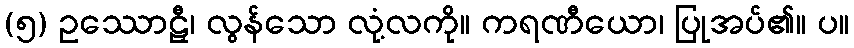
(၅) ဥဿောဠှီ၊ လွန်သော လုံ့လကို။ ကရဏီယော၊ ပြုအပ်၏။ ပ။